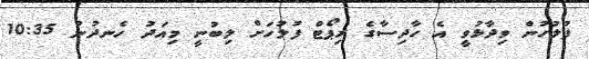
ފުލުހުން ވިދާޅުވީ އެ ހާދިސާގެ ރިޕޯޓް ފުލުހަށް ލިބުނީ މިއަދު ހެނދުނު 10:35